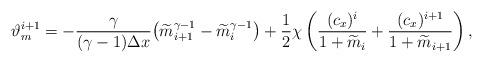
LaTeX: \begin{align*}\vartheta_{m}^{i+1} = - \frac{\gamma}{(\gamma-1)\Delta x} \big( \widetilde{m}_{i+1}^{\gamma-1} - \widetilde{m}_{i}^{\gamma-1} \big) +\frac12 \chi\left(\frac{(c_x)^i}{1+\widetilde{m}_{i}}+\frac{(c_x)^{i+1}}{1+\widetilde{m}_{i+1}}\right),\end{align*}